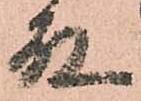
殿